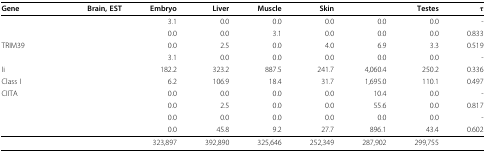
<table><thead><tr><td><b>Gene</b></td><td><b>Brain, EST</b></td><td><b>Embryo</b></td><td><b>Liver</b></td><td><b>Muscle</b></td><td><b>Skin</b></td><td>[EMPTY_CELL]</td><td><b>Testes</b></td><td><b>τ</b></td></tr></thead><tbody><tr><td>[EMPTY_CELL]</td><td>[EMPTY_CELL]</td><td>3.1</td><td>0.0</td><td>0.0</td><td>0.0</td><td>0.0</td><td>0.0</td><td>-</td></tr><tr><td>[EMPTY_CELL]</td><td>[EMPTY_CELL]</td><td>0.0</td><td>0.0</td><td>3.1</td><td>0.0</td><td>0.0</td><td>0.0</td><td>0.833</td></tr><tr><td>TRIM39</td><td>[EMPTY_CELL]</td><td>0.0</td><td>2.5</td><td>0.0</td><td>4.0</td><td>6.9</td><td>3.3</td><td>0.519</td></tr><tr><td>[EMPTY_CELL]</td><td>[EMPTY_CELL]</td><td>3.1</td><td>0.0</td><td>0.0</td><td>0.0</td><td>0.0</td><td>0.0</td><td>-</td></tr><tr><td>Ii</td><td>[EMPTY_CELL]</td><td>182.2</td><td>323.2</td><td>887.5</td><td>241.7</td><td>4,060.4</td><td>250.2</td><td>0.336</td></tr><tr><td>Class I</td><td>[EMPTY_CELL]</td><td>6.2</td><td>106.9</td><td>18.4</td><td>31.7</td><td>1,695.0</td><td>110.1</td><td>0.497</td></tr><tr><td>CIITA</td><td>[EMPTY_CELL]</td><td>0.0</td><td>0.0</td><td>0.0</td><td>0.0</td><td>10.4</td><td>0.0</td><td>-</td></tr><tr><td>[EMPTY_CELL]</td><td>[EMPTY_CELL]</td><td>0.0</td><td>2.5</td><td>0.0</td><td>0.0</td><td>55.6</td><td>0.0</td><td>0.817</td></tr><tr><td>[EMPTY_CELL]</td><td>[EMPTY_CELL]</td><td>0.0</td><td>0.0</td><td>0.0</td><td>0.0</td><td>0.0</td><td>0.0</td><td>-</td></tr><tr><td>[EMPTY_CELL]</td><td>[EMPTY_CELL]</td><td>0.0</td><td>45.8</td><td>9.2</td><td>27.7</td><td>896.1</td><td>43.4</td><td>0.602</td></tr><tr><td>[EMPTY_CELL]</td><td>[EMPTY_CELL]</td><td>323,897</td><td>392,890</td><td>325,646</td><td>252,349</td><td>287,902</td><td>299,755</td><td>[EMPTY_CELL]</td></tr></tbody></table>